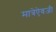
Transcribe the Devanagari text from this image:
मात्रेऐवजी